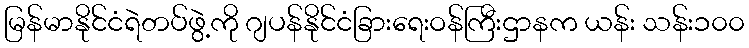
မြန်မာနိုင်ငံရဲတပ်ဖွဲ့ကို ဂျပန်နိုင်ငံခြားရေးဝန်ကြီးဌာနက ယန်း သန်း၁၀၀